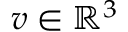
v \in \mathbb R ^ { 3 }